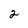
Character: 2